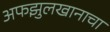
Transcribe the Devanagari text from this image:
अफझुलखानाचा